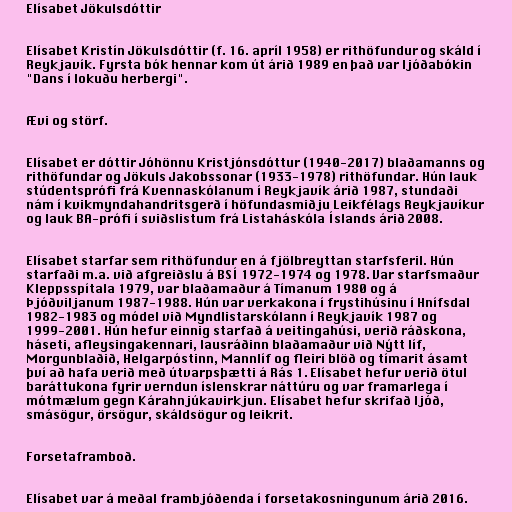
Elísabet Jökulsdóttir

Elísabet Kristín Jökulsdóttir (f. 16. apríl 1958) er rithöfundur og skáld í
Reykjavík. Fyrsta bók hennar kom út árið 1989 en það var ljóðabókin
"Dans í lokuðu herbergi".

Ævi og störf.

Elísabet er dóttir Jóhönnu Kristjónsdóttur (1940-2017) blaðamanns og
rithöfundar og Jökuls Jakobssonar (1933-1978) rithöfundar. Hún lauk
stúdentsprófi frá Kvennaskólanum í Reykjavík árið 1987, stundaði
nám í kvikmyndahandritsgerð í höfundasmiðju Leikfélags Reykjavíkur
og lauk BA-prófi í sviðslistum frá Listaháskóla Íslands árið 2008.

Elísabet starfar sem rithöfundur en á fjölbreyttan starfsferil. Hún
starfaði m.a. við afgreiðslu á BSÍ 1972-1974 og 1978. Var starfsmaður
Kleppsspítala 1979, var blaðamaður á Tímanum 1980 og á
Þjóðviljanum 1987-1988. Hún var verkakona í frystihúsinu í Hnífsdal
1982-1983 og módel við Myndlistarskólann í Reykjavík 1987 og
1999-2001. Hún hefur einnig starfað á veitingahúsi, verið ráðskona,
háseti, afleysingakennari, lausráðinn blaðamaður við Nýtt líf,
Morgunblaðið, Helgarpóstinn, Mannlíf og fleiri blöð og tímarit ásamt
því að hafa verið með útvarpsþætti á Rás 1. Elísabet hefur verið ötul
baráttukona fyrir verndun íslenskrar náttúru og var framarlega í
mótmælum gegn Kárahnjúkavirkjun. Elísabet hefur skrifað ljóð,
smásögur, örsögur, skáldsögur og leikrit.

Forsetaframboð.

Elísabet var á meðal frambjóðenda í forsetakosningunum árið 2016.